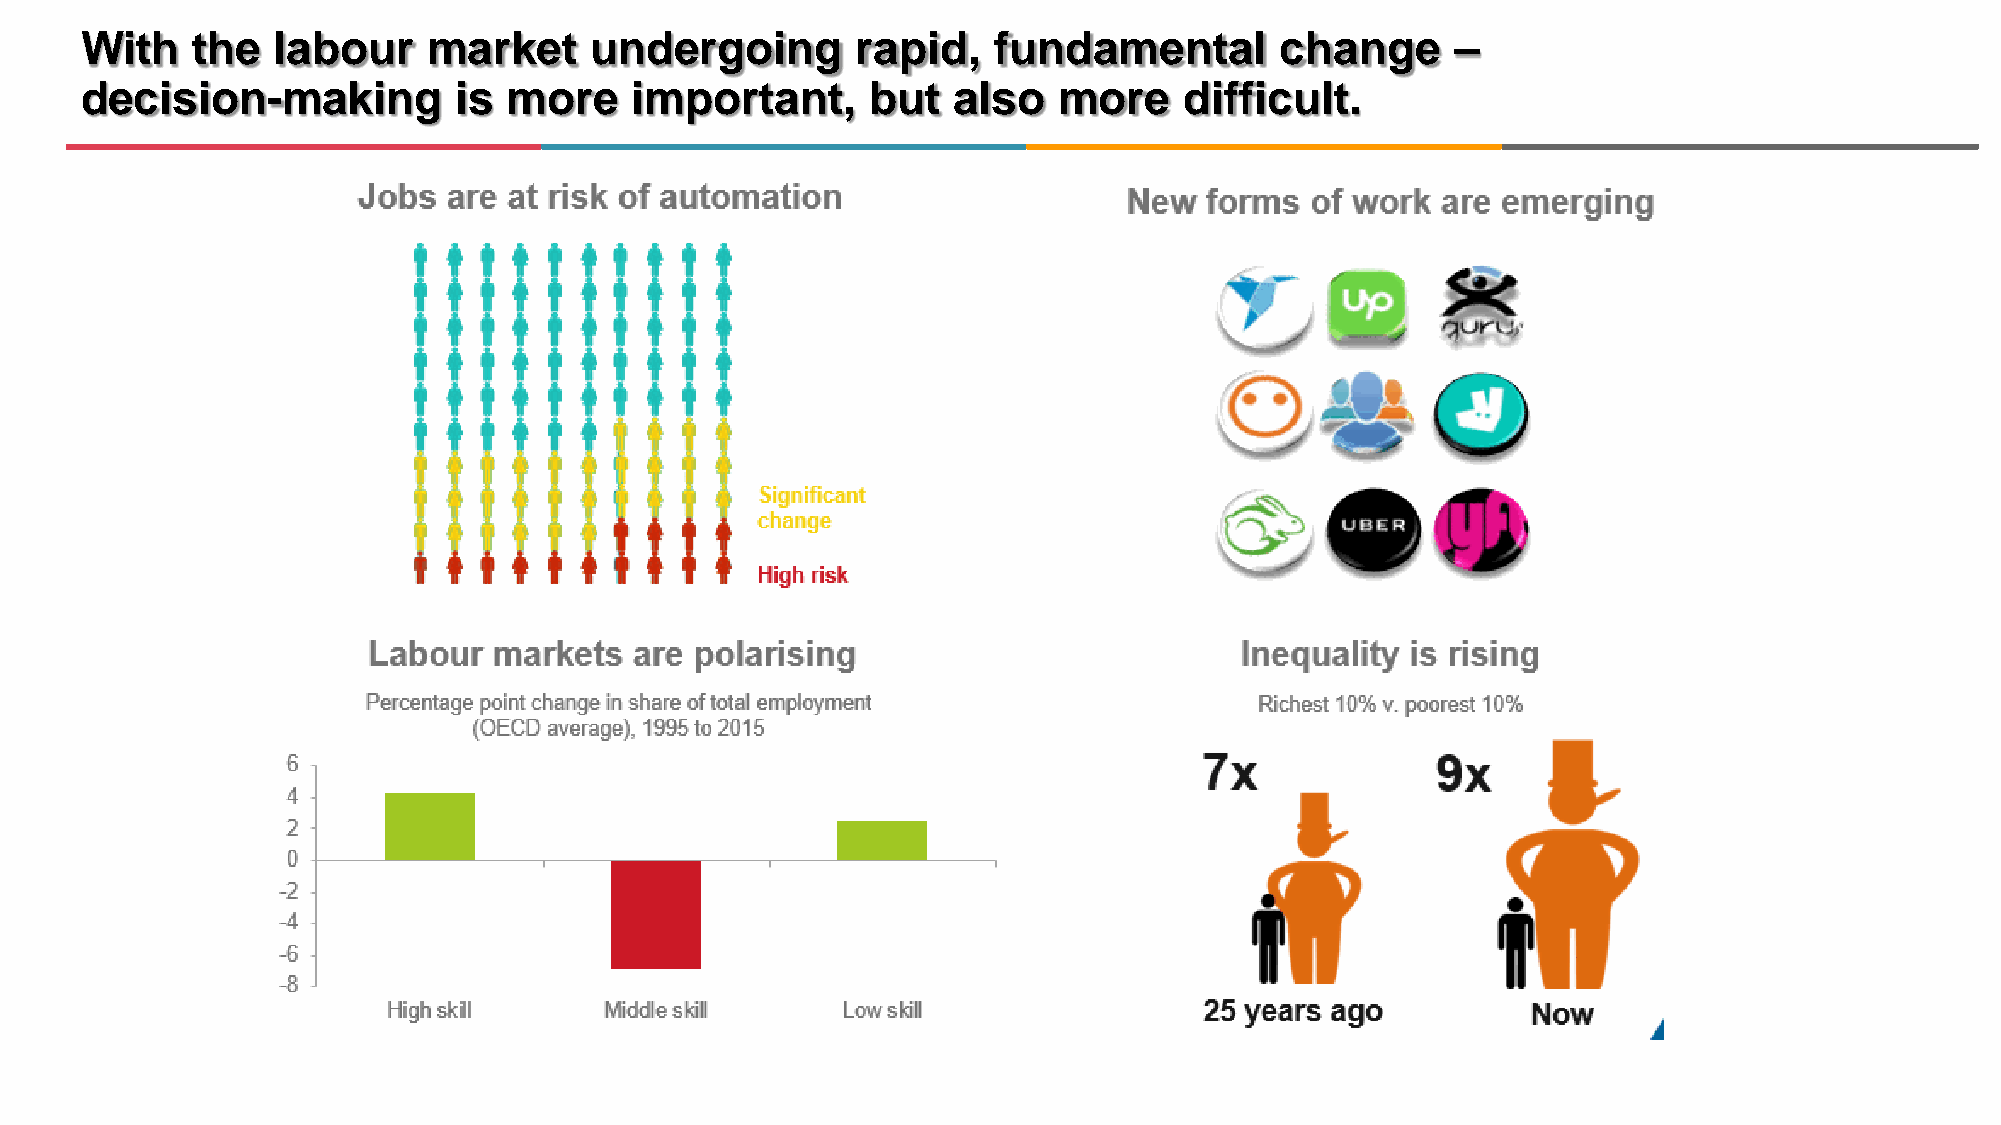
With    the  labour    market     undergoing        rapid,   fundamental        change     –
 decision-making          is  more    important,      but  also   more    difficult.
 2